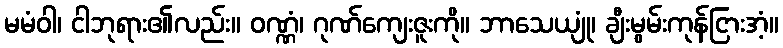
မမံဝါ၊ ငါဘုရား၏လည်း။ ဝဏ္ဏံ၊ ဂုဏ်ကျေးဇူးကို။ ဘာသေယျုံ၊ ချီးမွမ်းကုန်ငြားအံ့။